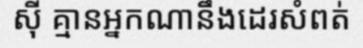
ស៊ី គ្មានអ្នកណានឹងដេរសំពត់